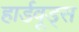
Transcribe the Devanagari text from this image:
हार्डवूड्स